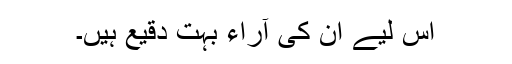
اس لیے ان کی آراء بہت دقیع ہیں۔